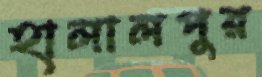
হালালপুর